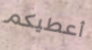
أعطيكم